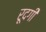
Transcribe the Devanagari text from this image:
रूदगी